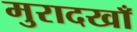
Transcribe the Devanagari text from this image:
मुरादखाँ